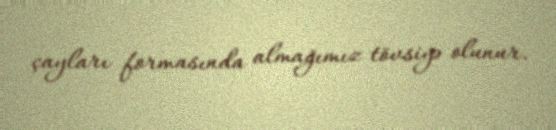
çayları formasında almağımız tövsiyə olunur.